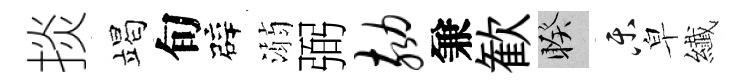
掞竭旬辟溺弼劾兼歓睽乐皁纎